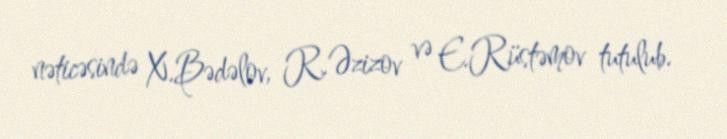
nəticəsində X.Bədəlov, R.Əzizov və E.Rüstəmov tutulub.